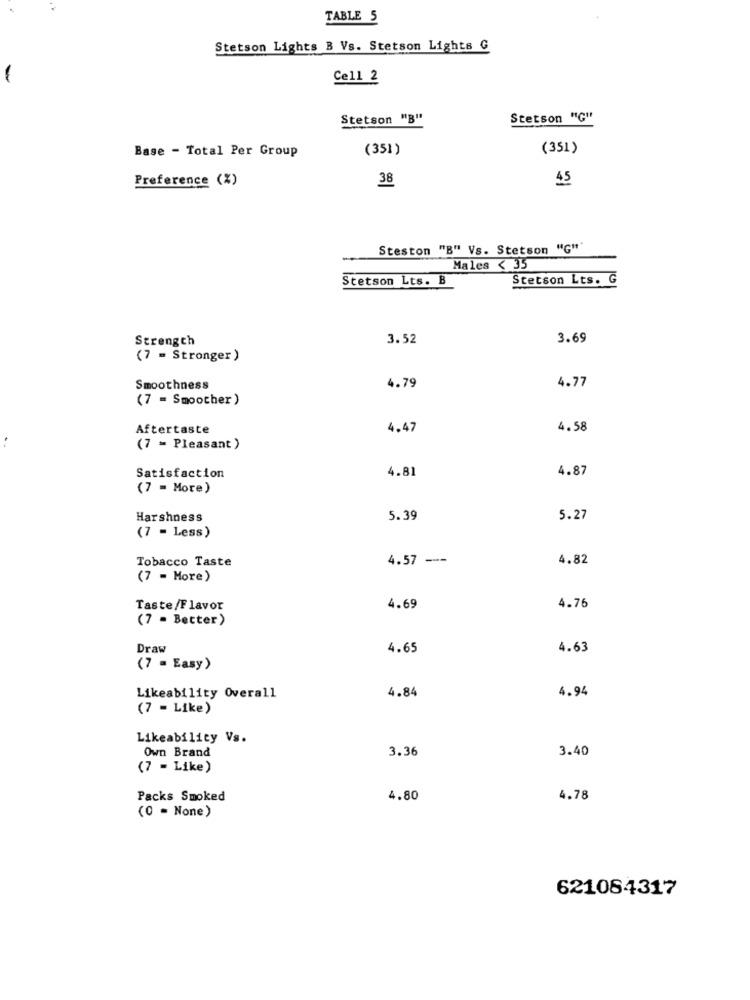
TABLE 5
Stetson Lights B Vs. Stetson Lights G
-
Cell 2
Stetson "B"
Stetson "G"
Base - Total Per Group
(351)
(351)
Preference (%)
38
45
Steston "B" Vs. Stetson "G""
Males < 35
Stetson Lts. B
Stetson Lts. G
Strength
3.52
3.69
(7 = Stronger)
4.77
Smoothness
4.79
(7 = Smoother)
Aftertaste
4.47
4.58
..
(7 = Pleasant )
4.81
4.87
Satisfaction
(7 = More)
Harshness
5.39
5.27
(7 - Less)
Tobacco Taste
4.57 ---
4.82
(7 - More)
Taste/Flavor
4.69
4.76
(7 - Better)
Draw
4.65
4.63
(7 = Easy)
4.84
4.94
Likeability Overall
(7 - Like)
Likeability Vs.
3.36
3.40
Own Brand
(7 - Like)
Packs Smoked
4.80
4.78
(0 = None)
621084317